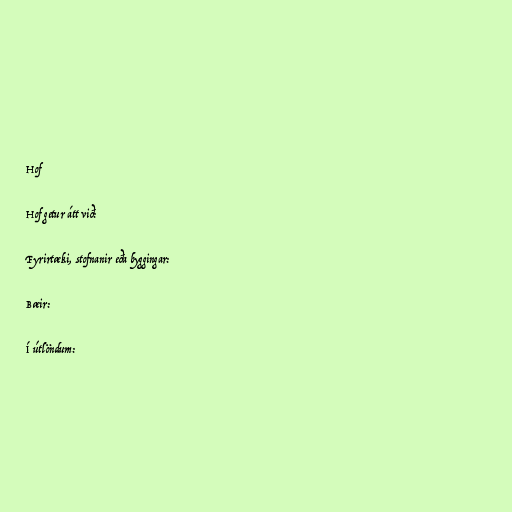
Hof

Hof getur átt við:

Fyrirtæki, stofnanir eða byggingar:

Bæir:

Í útlöndum: